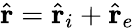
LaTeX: \hat{\textbf{r}}=\hat{\textbf{r}}_{i}+\hat{\textbf{r}}_{e}